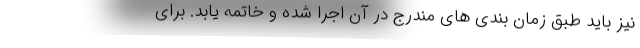
نیز باید طبق زمان بندی های مندرج در آن اجرا شده و خاتمه یابد. برای